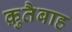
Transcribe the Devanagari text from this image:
क़ुतैबाह